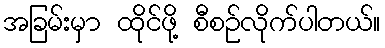
အခြမ်းမှာ ထိုင်ဖို့ စီစဉ်လိုက်ပါတယ်။